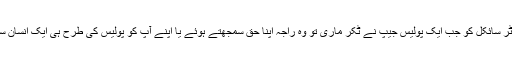
اسی لئے دینہ ( جہلم ) کے پھل فروش راجہ اشرف محمود کی موٹر سائکل کو جب ایک پولیس جیپ نے ٹکر ماری تو وہ راجہ اپنا حق سمجھتے ہوئے یا اپنے آپ کو پولیس کی طرح ہی ایک انسان سمجھتے ہوئے ان کی اس حرکت پر ناراضگی کا اظہار کر بیٹھا ۔